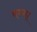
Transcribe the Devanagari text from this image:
वग्गा